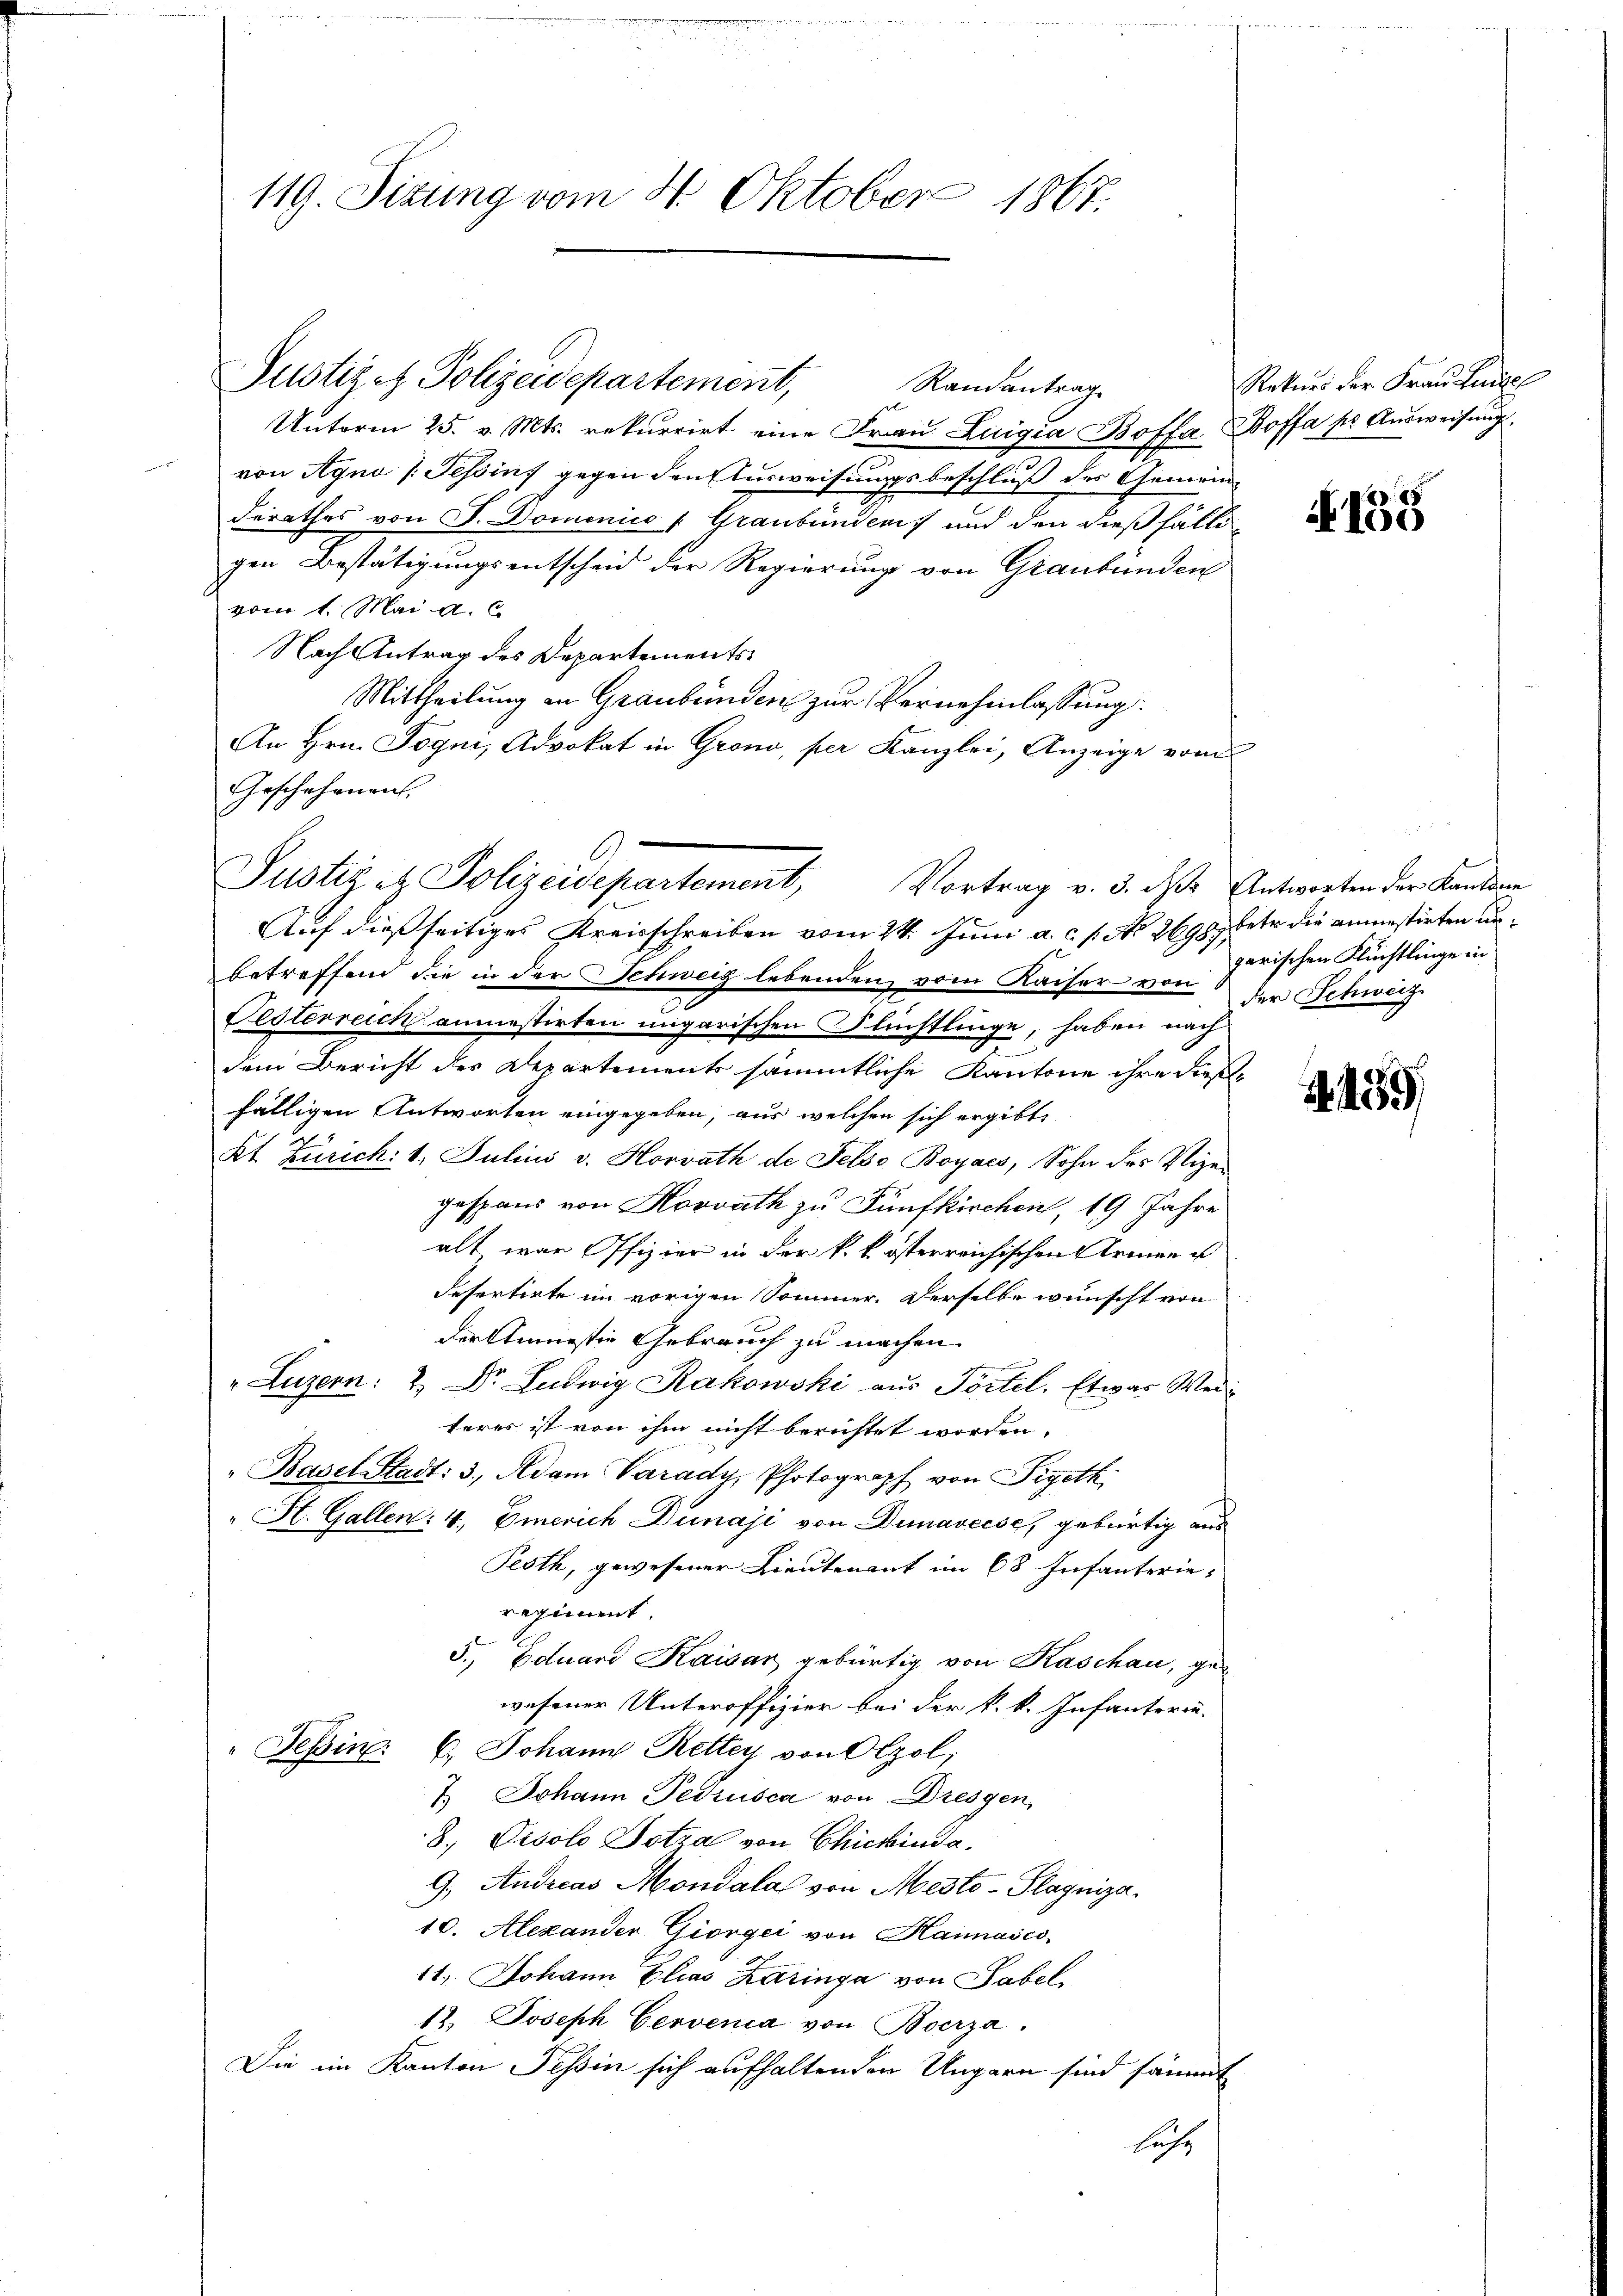
119. Sizung vom 4. Oktober 1867.

Unterm 25. v. Mts. rekurrirt eine Frau Luigia Boffa Boffa pr Ausweisung
von Agno (Tessins gegen den Ausweisungsbeschluß des Gemein-
derathes von F. Dominico Graubünden und den dießfälligen Bestätigungsentscheid der Regierung von Graubünden
vom 1. Mai a. c.
Nach Antrag des Departements¬
Mittheilung an Graubünden zur Vernehmlassung:
An Hrn. Jogni, Advokat in Grono, per Kanzlei, Anzeige vom
Geschehenens.
Auf dießseitiges Kreisschreiben vom 24. Juni a.c. s. No. 2698. betr. die annestirten unbetreffend die in der Schweiz lebenden, vom Kaiser von der Schweiz
Festerreich anmestirten migarischen Flüchtlinge, haben nach
dem Bericht des Departements sämmtliche Kantone ihre diesel
fälligen Antworten eingegeben, aus welchen sich ergibt,
Kt. Zürich: 1. Julius v. Horrath de Felso Boyaes, Sohn des Vizegespans von Korrath zu Fünfkirchen, 19 Jahre
alt war Offizier in der k. k. österreichischen Armen u
defertirte im vorigen Sommer. Derselbe wünscht von
der Anmastie Gebrauch zu machen.
"Luzern: 2. Dr. Ludwig Kakowski aus Tortel. Etwas Weiteres ist von ihm nicht berichtet worden,
Basel-Stadt: 3. Adam Parady, Photograph von Sigeth
" H. Gallen: 4. Emerich Dunaji von Dunavecse, gebürtig aus
Pesth, gewesener Lieutenant im 68 Infanterie-
regiment.
5., Eduard Kaiser gebürtig von Kaschau, gewesener Unteroffizier bei der k. k. Infanterie-
" Pepin. 6. Johann Rettey von Olzol,
7.) Johann Petrusca von Dresgen,
8.) Cisolo Dotzal von Chickinda
9., Andreas Mondala von Mesto-Playniza¬
10. Alexander Giorgei von Hannases
11. Johann Elias Karinga von Sabel
12. Joseph Cervenia von Boerza
Die im Kanton Tessin sich aufhaltenden Ungern sind sämmt
luche

Justiget Polizeidepartement,

Justiz et Polizeidepartement, Vortrag v. 3. ds Antworten der Kanton

Randantrag

Rekurs der Frankunge

N. 135

garischen Flüchtlinge in

4459